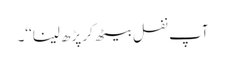
آپ نفل بیٹھ کر پڑھ لینا‘‘۔